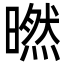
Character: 㬗